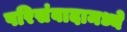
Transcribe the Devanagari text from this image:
परिसंवादामध्ये